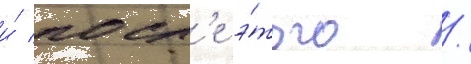
и́ посл'е э́того /